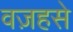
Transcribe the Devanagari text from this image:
वज़हसे